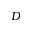
D